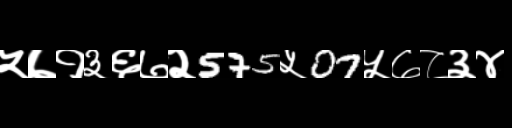
Text: ५७१३६७२575५07५७८३४